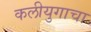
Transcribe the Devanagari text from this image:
कलीयुगाचा